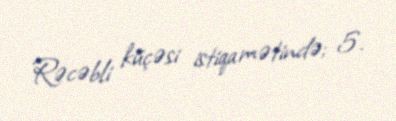
Rəcəbli küçəsi istiqamətində; 5.